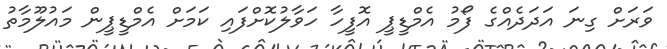
ވަރަށް ގިނަ އަދަދެއްގެ ފޯމު އެމްޑީޕީ އޮފީހާ ހަވާލުކޮށްފައި ކަމަށް އެމްޑީޕީން މައުލޫމާތު